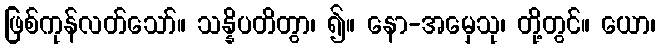
ဖြစ်ကုန်လတ်သော်။ သန္နိပတိတွာ၊ ၍။ နော-အမှေသု၊ တို့တွင်။ ယော၊